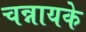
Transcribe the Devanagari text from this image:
चन्नायके